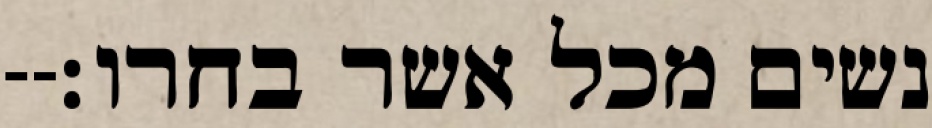
נשים מכל אשר בחרו׃--